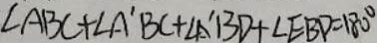
\angle A B C + \angle A ^ { \prime } B C + \angle A ^ { \prime } B D + \angle E B D = 1 8 0 ^ { \circ }